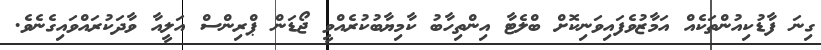
ގިނަ ފާޑުކިއުންތަކެއް އަމާޒުވެފައިވަނިކޮށް ބްލެޓާ އިންތިހާބު ކާމިޔާބުކުރެއްވީ ޖޯޑަން ޕްރިންސް އަލީއާ ވާދަކުރައްވައިގެނެވެ.